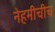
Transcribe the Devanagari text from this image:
नेहमीचीच